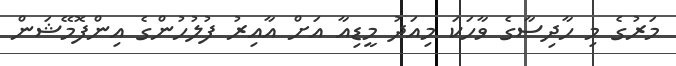
މަރުގެ މި ހާދިސާގެ ވާހަކަ މިއަދު މީޑިއާ އަށް އާއިރު ފުލުހުންގެ އިންފޮމޭޝަން